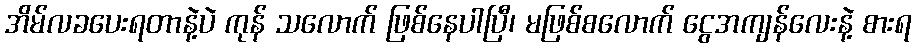
အိမ်လခပေးရတာနဲ့ပဲ ကုန် သလောက် ဖြစ်နေပါပြီ၊ မဖြစ်စလောက် ငွေအကျန်လေးနဲ့ စားရ